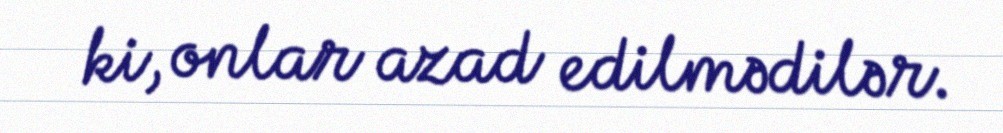
ki, onlar azad edilmədilər.